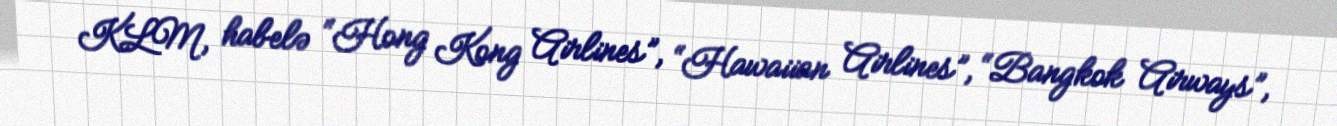
KLM, habelə “Hong Kong Airlines”, “Hawaiian Airlines”, “Bangkok Airways”,